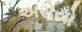
અરોયો